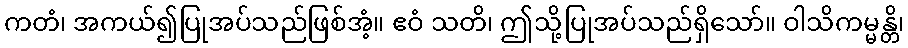
ကတံ၊ အကယ်၍ပြုအပ်သည်ဖြစ်အံ့။ ဧဝံ သတိ၊ ဤသို့ပြုအပ်သည်ရှိသော်။ ဝါသိကမ္မန္တိ၊